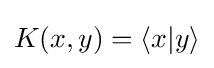
K(x,y)=\langle x|y\rangle